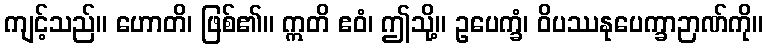
ကျင့်သည်။ ဟောတိ၊ ဖြစ်၏။ ဣတိ ဧဝံ၊ ဤသို့။ ဥပေက္ခံ၊ ဝိပဿနုပေက္ခာဉာဏ်ကို။